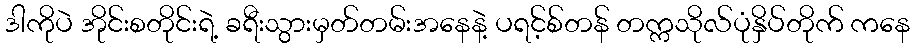
ဒါကိုပဲ အိုင်းစတိုင်းရဲ့ ခရီးသွားမှတ်တမ်းအနေနဲ့ ပရင့်စ်တန် တက္ကသိုလ်ပုံနှိပ်တိုက် ကနေ